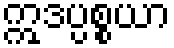
ဣဒပ္ပစ္စယာ